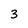
Character: 3